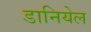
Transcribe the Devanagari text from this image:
डानियेल